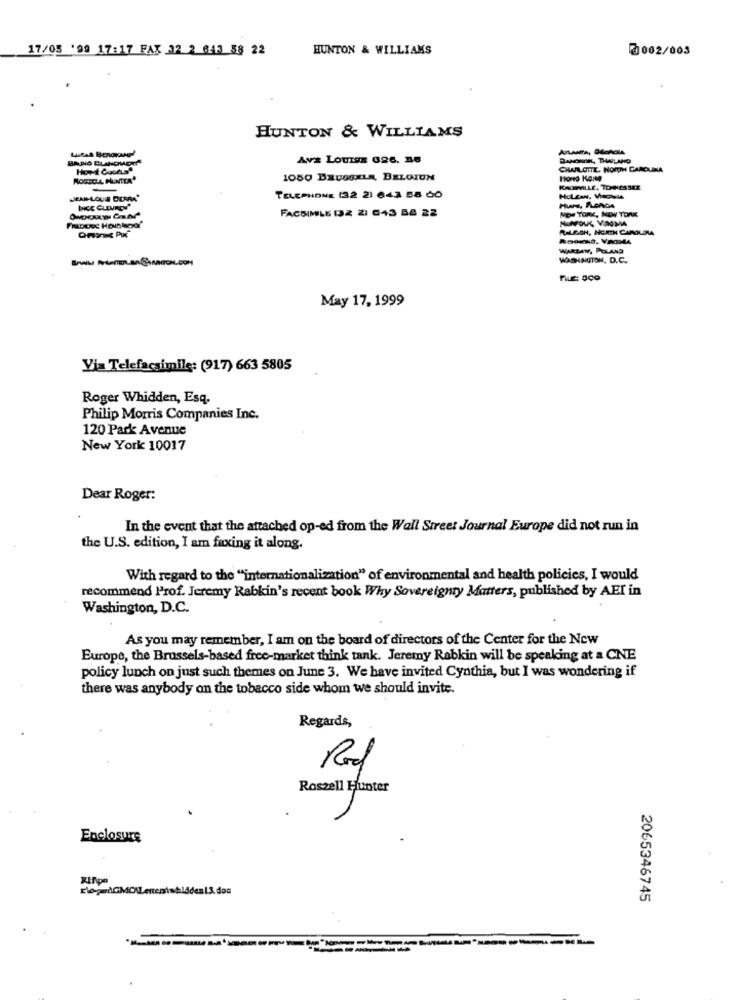
17/05 '99 17:17 FAX 32 2 643 38 22
HUNTON & WILLIAMS
0002/003
HUNTON & WILLIAMS
BATIO BLANCHARD
Ava LOUISE 026. 26
BANONOK, THANLAND
How-t Goods"
CHARLOTTE, NORTH CAROLINA
HORECA, PUNTER"
1050 BRUSSEL BELOIUN
KAMULE. TONESSEE
JEAN-LOUN DERRA*
TELEPHONE (32 2) 643 58 60
FACSIMILE DZ 21 643 84 22
NON YORK, NEW YORK
NONFOUL VIAOMA
RALEIGH, NORTH CAROLINA
WARSAW, POLAND
WASHINGTON, D.C.
May 17, 1999
Via Telefacsimile: (917) 663 5805
Roger Whidden, Esq.
Philip Morris Companies Inc.
120 Park Avenue
New York 10017
Dear Roger:
In the event that the attached op-ed from the Wall Street Journal Europe did not run in
the U.S. edition, I am faxing it along.
With regard to the "internationalization" of environmental and health policies, I would
recommend Prof. Jeremy Rabkin's recent book Why Sovereignty Matters, published by AEI in
Washington, D.C.
As you may remember, I am on the board of directors of the Center for the New
Europe, the Brussels-based free-market think tank. Jeremy Rabkin will be speaking at a CNE
policy lunch on just such themes on June 3. We have invited Cynthia, but I was wondering if
there was anybody on the tobacco side whom we should invite.
Regards,
Rod
Roszell Hunter
Enclosure
Rifipn
2065346745